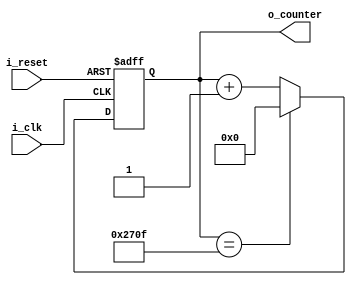
`timescale 1ns / 1ps
//////////////////////////////////////////////////////////////////////////////////
// Company: 
// Engineer: 
// 
// Design Name: 
// Module Name: counter_data
// Project Name: 
// Target Devices: 
// Tool Versions: 
// Description: 
// 
// Dependencies: 
// 
// Revision:
// Revision 0.01 - File Created
// Additional Comments:
// 
//////////////////////////////////////////////////////////////////////////////////


module counter_data(
    input i_clk, i_reset,
    output [31:0] o_counter
    );

    reg r_clk = 0;
    reg [31:0] r_counter = 0;
    assign o_counter = r_counter;
    
    always @(posedge i_clk or posedge i_reset) begin
        if (i_reset) begin
            r_clk <= 0;
            r_counter <= 0;
        end
        else begin
            if(r_counter == 10_000 - 1) begin
                r_counter <= 0;
                r_clk <= ~r_clk;
            end
            else begin
                r_counter <= r_counter + 1;
            end
        end
    end
endmodule